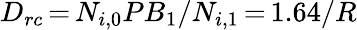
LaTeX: D_{rc}\, {=}\, N_{i,0}PB_{1}/N_{i,1}\, {=}\, 1.64/R